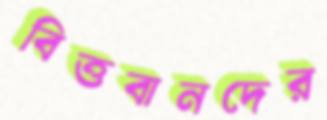
বিত্তবানদের